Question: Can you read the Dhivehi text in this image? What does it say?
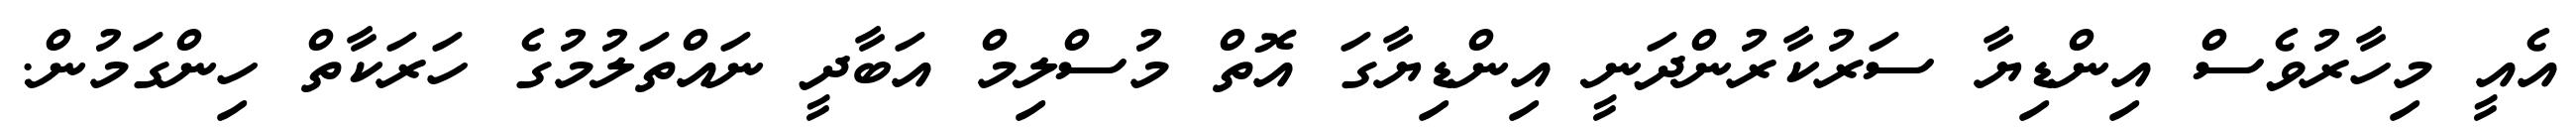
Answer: އެއީ މިހާރުވެސް އިންޑިޔާ ސަރުކާރުންދަނީ އިންޑިޔާގަ އޮތް މުސްލިމް އަބާދީ ނައްތަލުމުގެ ހަރަކާތް ހިންގަމުން.